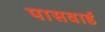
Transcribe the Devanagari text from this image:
पासवार्ड